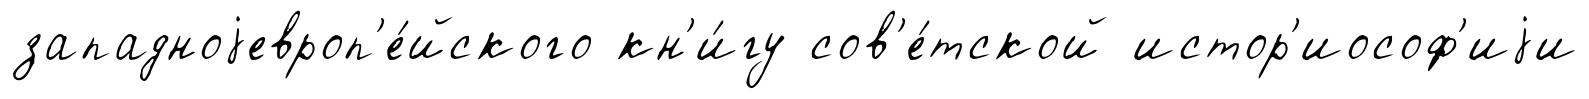
западноjевроп'е́йского кн'и́гу сов'е́тской истор'иософ'иjи